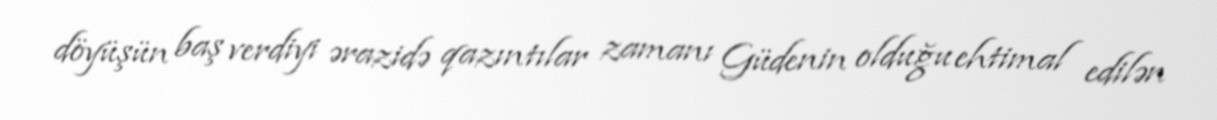
döyüşün baş verdiyi ərazidə qazıntılar zamanı Güdenin olduğu ehtimal edilən